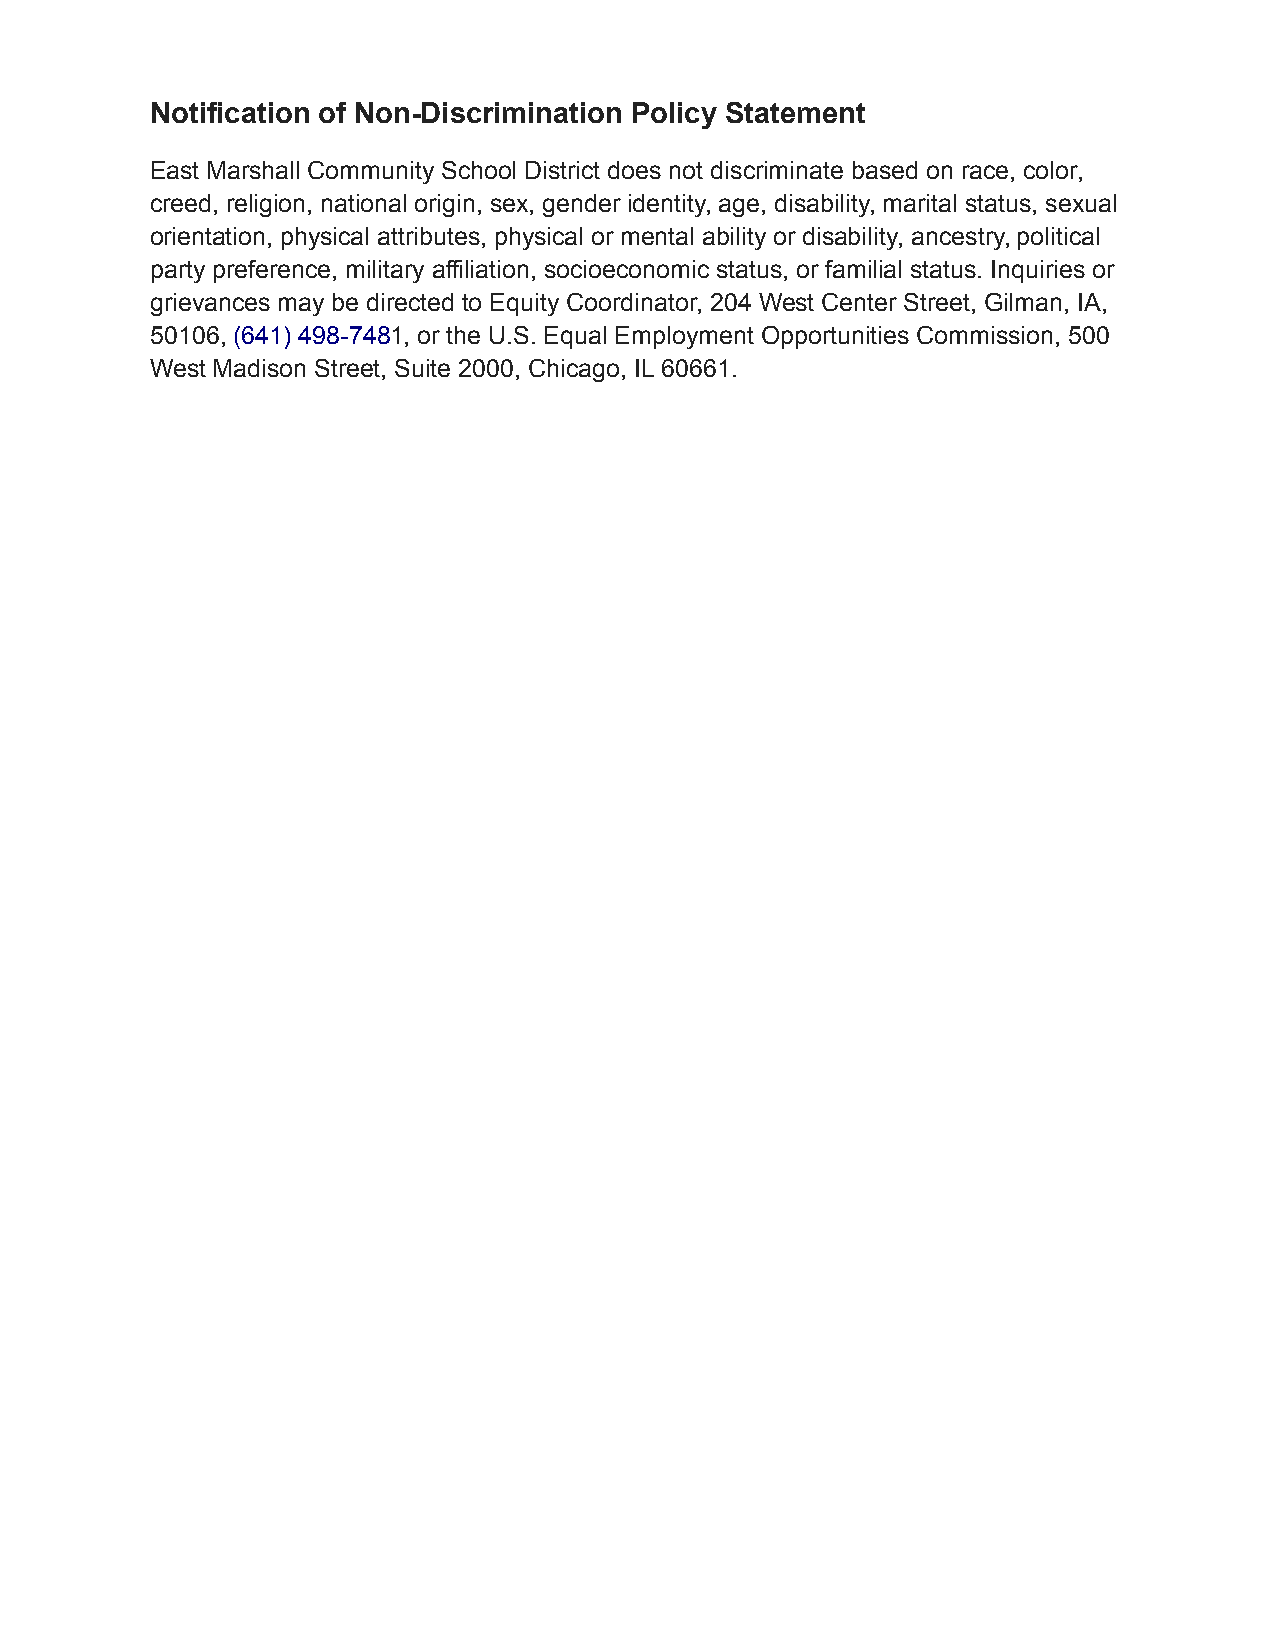
Notification of Non-Discrimination Policy Statement
 East Marshall Community School District does not discriminate based on race, color,
 creed, religion, national origin, sex, gender identity, age, disability, marital status, sexual
 orientation, physical attributes, physical or mental ability or disability, ancestry, political
 party preference, military affiliation, socioeconomic status, or familial status. Inquiries or
 grievances may be directed to Equity Coordinator, 204 West Center Street, Gilman, IA,
 50106, (641) 498-7481, or the U.S. Equal Employment Opportunities Commission, 500
 West Madison Street, Suite 2000, Chicago, IL 60661.